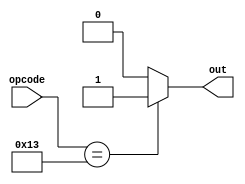
module bit_sel_logic (
  input [6:0] opcode,
  output reg out
);

always @ (opcode) begin
  if (opcode == 7'b0010011) begin
    out = 1;
  end else
    out = 0;
end
endmodule